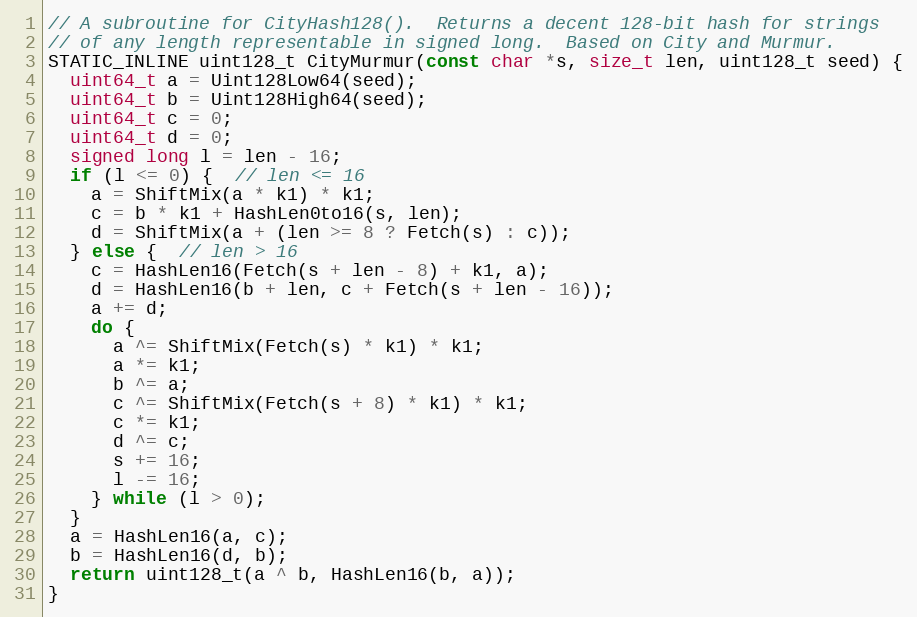
Language: C++
// A subroutine for CityHash128().  Returns a decent 128-bit hash for strings
// of any length representable in signed long.  Based on City and Murmur.
STATIC_INLINE uint128_t CityMurmur(const char *s, size_t len, uint128_t seed) {
  uint64_t a = Uint128Low64(seed);
  uint64_t b = Uint128High64(seed);
  uint64_t c = 0;
  uint64_t d = 0;
  signed long l = len - 16;
  if (l <= 0) {  // len <= 16
    a = ShiftMix(a * k1) * k1;
    c = b * k1 + HashLen0to16(s, len);
    d = ShiftMix(a + (len >= 8 ? Fetch(s) : c));
  } else {  // len > 16
    c = HashLen16(Fetch(s + len - 8) + k1, a);
    d = HashLen16(b + len, c + Fetch(s + len - 16));
    a += d;
    do {
      a ^= ShiftMix(Fetch(s) * k1) * k1;
      a *= k1;
      b ^= a;
      c ^= ShiftMix(Fetch(s + 8) * k1) * k1;
      c *= k1;
      d ^= c;
      s += 16;
      l -= 16;
    } while (l > 0);
  }
  a = HashLen16(a, c);
  b = HashLen16(d, b);
  return uint128_t(a ^ b, HashLen16(b, a));
}